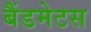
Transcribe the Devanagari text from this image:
बैंडमेटस